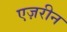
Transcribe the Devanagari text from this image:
एज़रीन